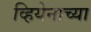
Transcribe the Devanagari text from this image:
व्हियेनाच्या